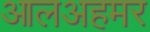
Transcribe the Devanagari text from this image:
आलअहमर